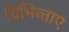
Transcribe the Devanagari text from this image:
विभिन्ताए